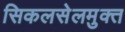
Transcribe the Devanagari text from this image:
सिकलसेलमुक्त